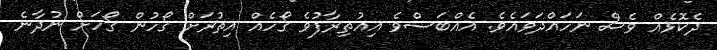
ދެކޮޅެއް ވެސް ނަހައްދަވައެވެ. އެއްބަސްވެ އިއުތިރާފުވެ ގޯހެއް އިތުރަށް ގޯހުން ގޯހަށް ނުދާނެ